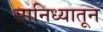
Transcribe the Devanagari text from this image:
सानिध्यातून